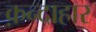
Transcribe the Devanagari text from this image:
क़न्दाहार